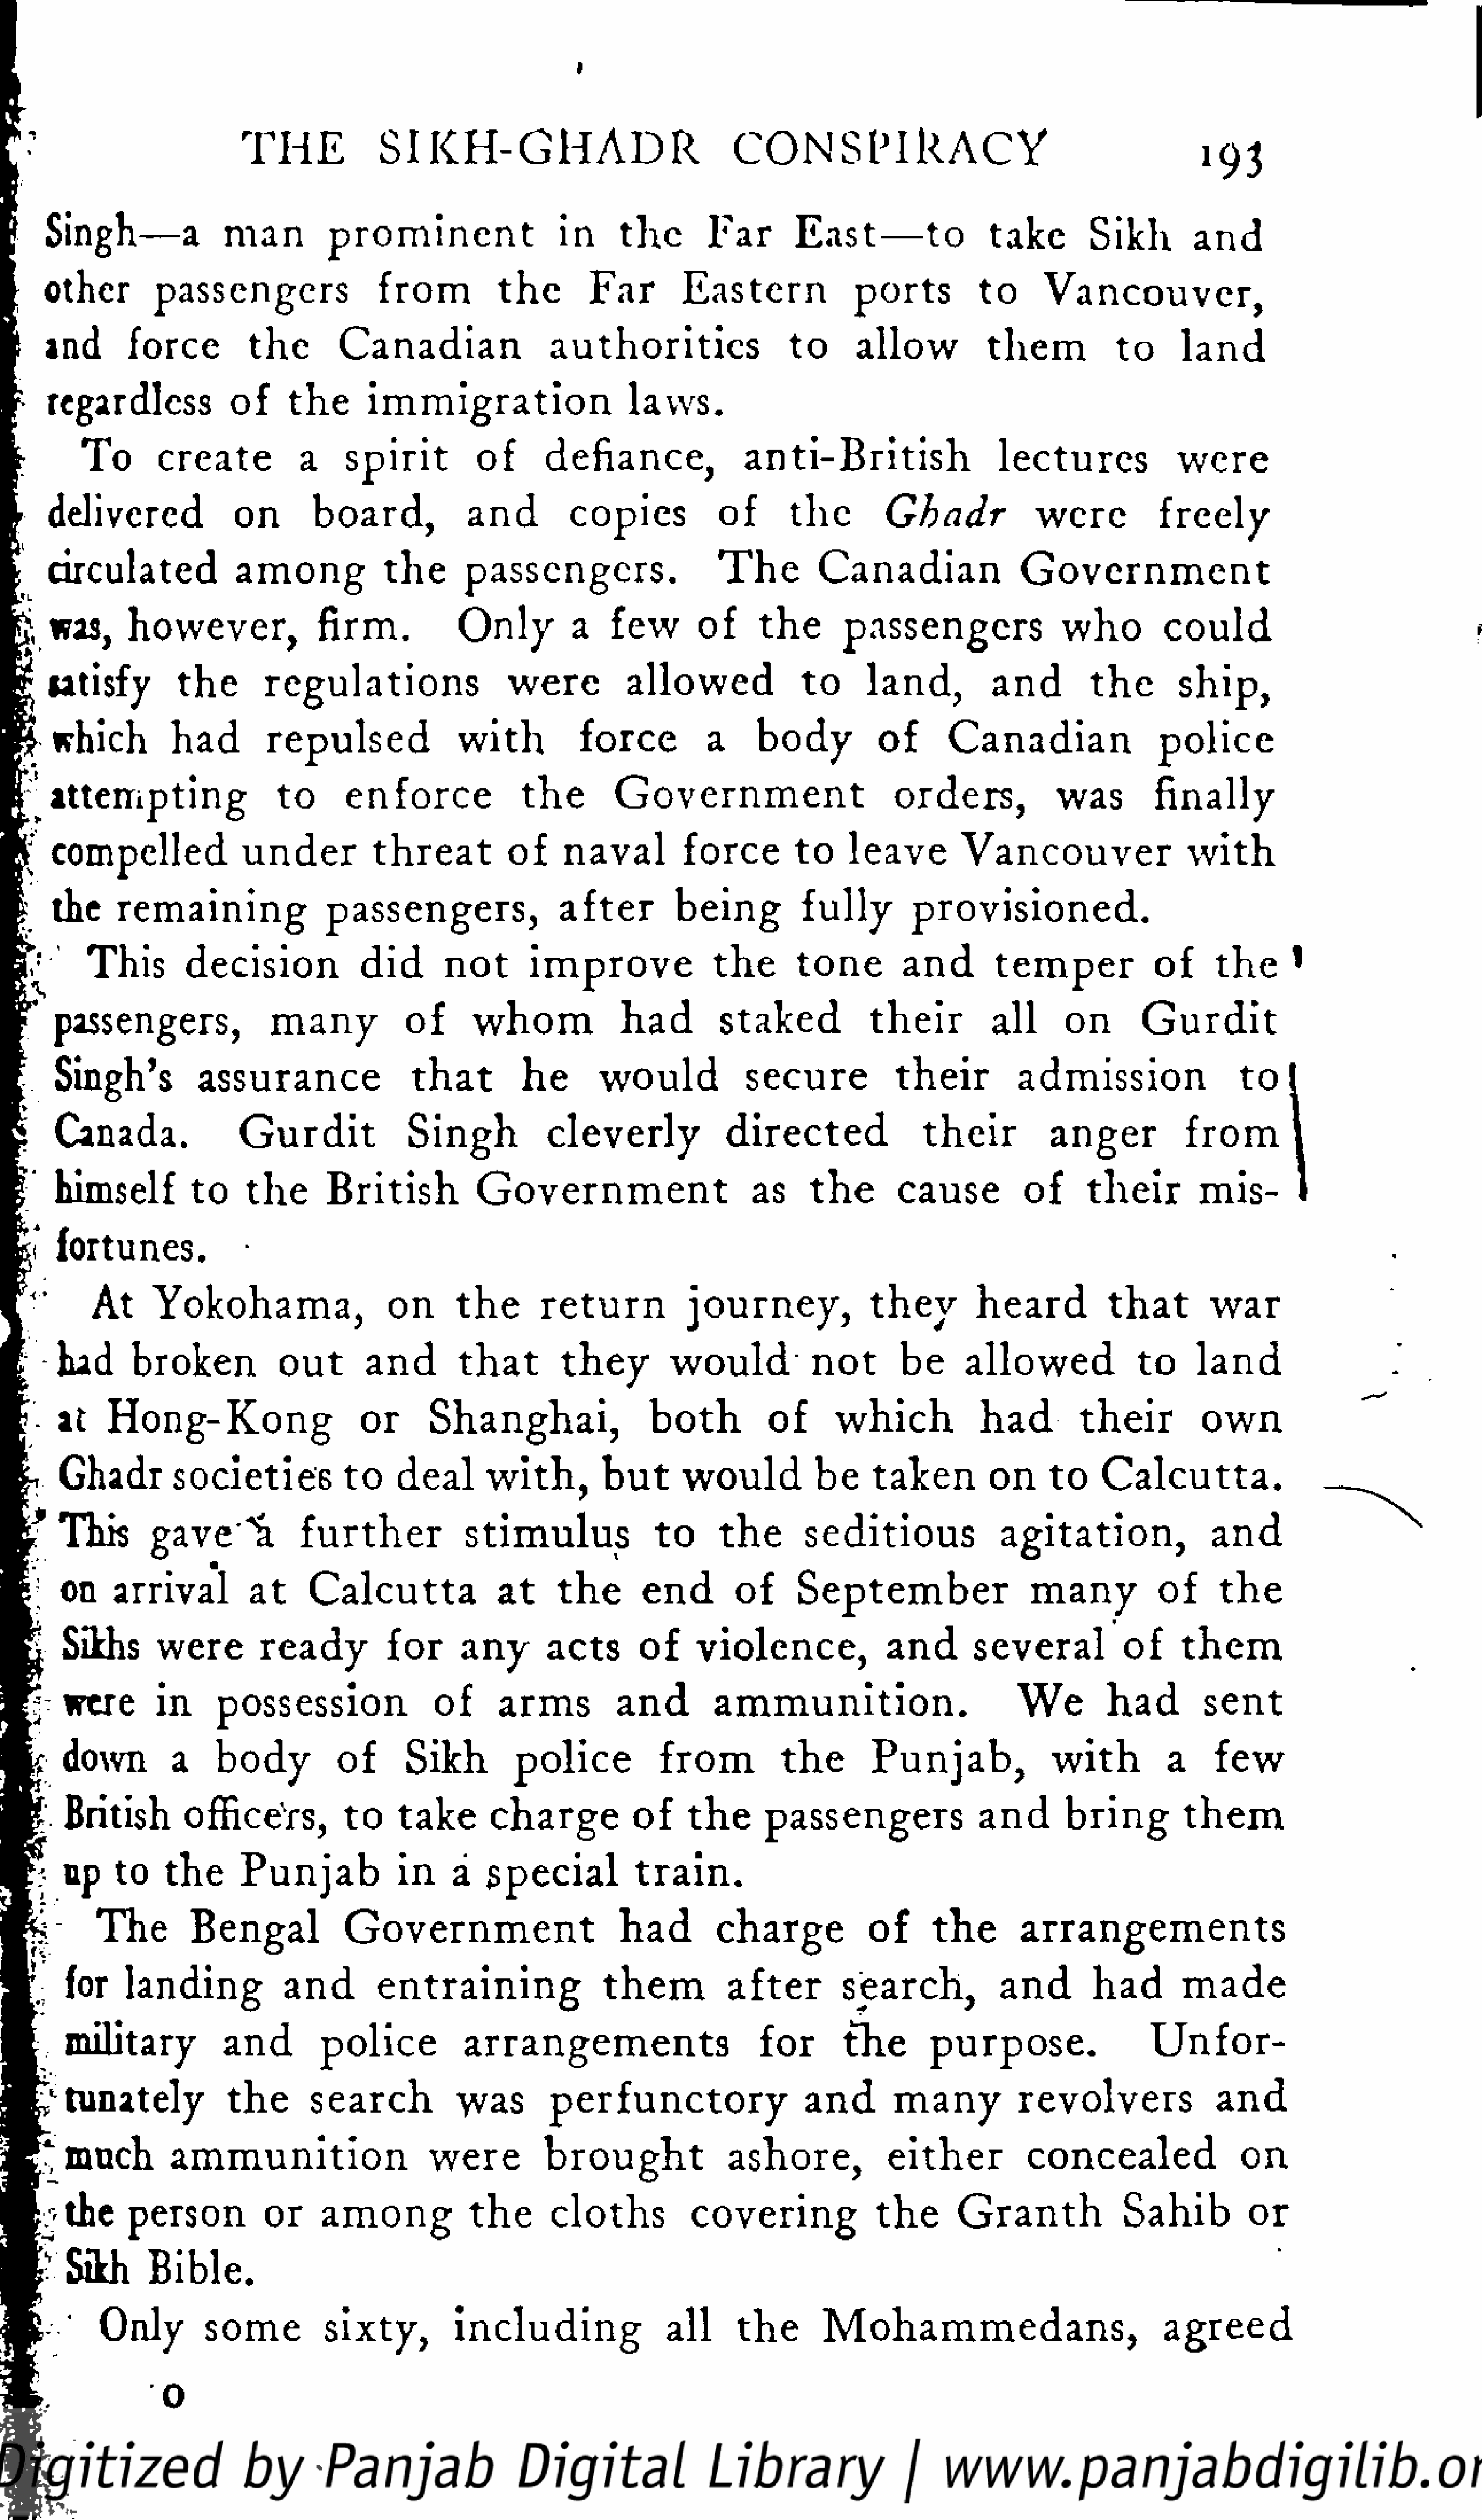
I
 T   HE          S  I  K   H   -  G   H   A    DR           C   O   N   S  P   I R   A   CY
 »93
 Singh—a               man          prominent                  in     the       Far        East—to                take        Sikh        and
 other         passengers                 from          the       Far        Eastern              ports          to     Vancouver,
 and        force         the        Canadian                 authorities                 to      allow           them           to      land
 regardless            of     the      immigration                    laws.
 To       create           a    spirit          of      defiance,               anti-British                  lectures              were
 delivered             on        board,            and         copies            of      the         Ghadr             were           freely
 circulated            among             the      passengers.                    T  he      Canadian                 Government
 J;was,       however,                firm.          Only          a   few        of     the       passengers                who          could
 tatisfy        the        regulations                  were          allowed              to     land,          and         the       ship,
 hich        had        repulsed               with          force          a     body           of      Canadian                  police
 ?  attempting                 to      enforce              t he       Government                       orders,            was          finally
 compelled              under           threat          of    naval          force        to    leave        Vancouver                   with
 the     remaining                passengers,                 after         being          fully        provisioned.
 This        decision             did       not       improve               the      tone         and       temper             of      the      '
 passengers,                many           of       whom             had         staked            their         all      on       Gurdit
 .  Singh's          assurance                 that         he       would            secure            their         admission                  to
 Canada.               G   u  r d  it      Singh           cleverly              directed               their          anger            from
 himself         to     the      British           Government                      as     t he       cause          of     their        mis-
 i  fortunes.
 At      Yokohama,                   on      the      return            journey,             they         heard          that        war
 had      broken            out       and        t h  at     they        would            not        be     allowed              to     land
 at    Hong-Kong                     or       Shanghai,                 both          of      which            had         their         own
 Ghadr         societies           to    deal       with,         b  ut    would          be     taken         on     to     Calcutta.
 This       gave^a            further             stimulus              to      t he     seditious               agitation,               and
 on     arrival         at     Calcutta               at    t he      end        of      September                  many            of     the
 Sikhs       were         ready          for      any       acts       of     violence,             and       several           of      t h  em
 were        in     possession                of      arms          and         ammunition.                         We        had         sent
 down         a    body           of      Sikh         police           from           t he      Punjab,              with          a     few
 |  British        officers,          to    take       charge           of     the     passengers                and       bring          them
 ?   up    to    the      Punjab             in    a   special           train.
 The         Bengal            Government                       had        charge            of      t he       arrangements
 for    landing            and        entraining                 t h  em        after        search,            and        had        made
 military           and        police           arrangements                        for       the       purpose.                   Unfor
 tunately           the       search           was         perfunctory                   and       many           revolvers               and
 t  much         ammunition                    were          brought               ashore,            either          concealed                 on
 the     person          or     among            the       cloths          covering              the       G   r a  n  th     Sahib          or
 :
 Sikh       Bible.
 Only         some          sixty,         including                 all     the       Mohammedans,                             agreed
 v-